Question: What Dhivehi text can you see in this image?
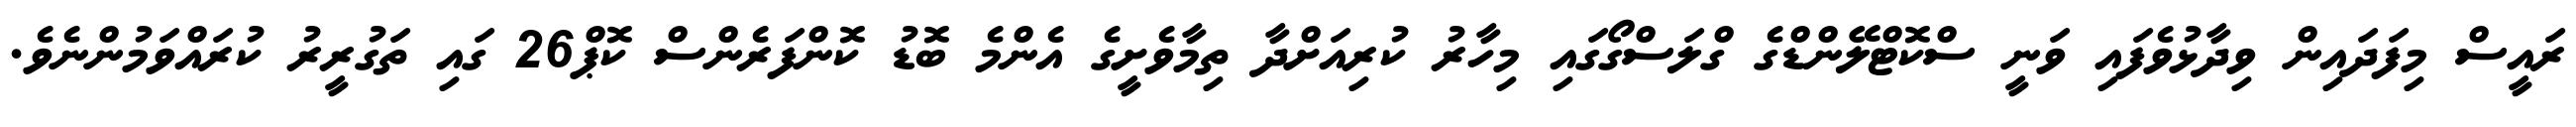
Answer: ރައީސް މިފަދައިން ވިދާޅުވެފައި ވަނީ ސްކޮޓްލޭންޑްގެ ގްލަސްގޯގައި މިހާރު ކުރިއަށްދާ ތިމާވެށީގެ އެންމެ ބޮޑު ކޮންފަރެންސް ކޮޕް26 ގައި ތަގުރީރު ކުރައްވަމުންނެވެ.